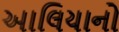
આલિયાનો